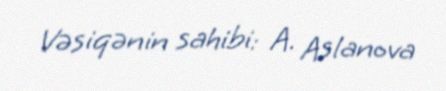
Vəsiqənin sahibi: A. Aslanova